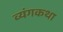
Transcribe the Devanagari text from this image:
व्यंगकथा